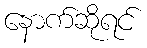
နောက်ဆိုရင်